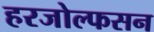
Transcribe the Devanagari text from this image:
हरजोल्फसन